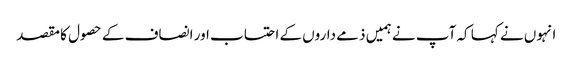
انہوں نے کہا کہ آپ نے ہمیں ذمے داروں کے احتساب اور انصاف کے حصول کا مقصد